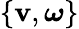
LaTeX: \{ \mathbf{v},\boldsymbol{\omega}\}